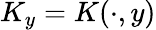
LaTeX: K_{y}=K(\cdot,y)